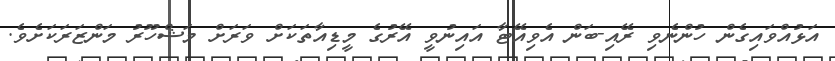
އަޅުއްވައިގެން ހުންނެވި ރޭއި-ބަން އެވިއޭޓާ އައިނުވީ އޭރުގެ މީޑިއާތަކަށް ވަރަށް މަޝްހޫރު މަންޒަރަކަށެވެ.